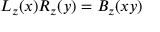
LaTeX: L _ { z } ( x ) R _ { z } ( y ) = B _ { z } ( x y )